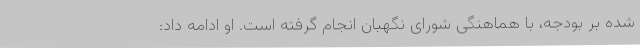
شده بر بودجه، با هماهنگی شورای نگهبان انجام گرفته است. او ادامه داد: